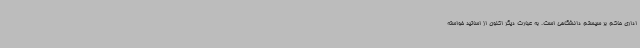
اداری حاکم بر سیستم دانشگاهی است. به عبارت دیگر اکنون از اساتید خواسته